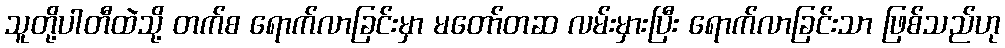
သူတို့ပါတီထဲသို့ တက်စ ရောက်လာခြင်းမှာ မတော်တဆ လမ်းမှားပြီး ရောက်လာခြင်းသာ ဖြစ်သည်ဟု